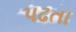
પઢતા